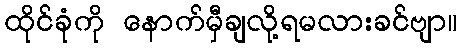
ထိုင်ခုံကို နောက်မှီချလို့ရမလားခင်ဗျာ။